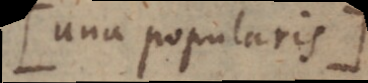
una popularis